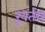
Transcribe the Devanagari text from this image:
ख़ूतोर